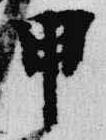
甲